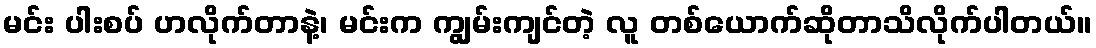
မင်း ပါးစပ် ဟလိုက်တာနဲ့၊ မင်းက ကျွမ်းကျင်တဲ့ လူ တစ်ယောက်ဆိုတာသိလိုက်ပါတယ်။